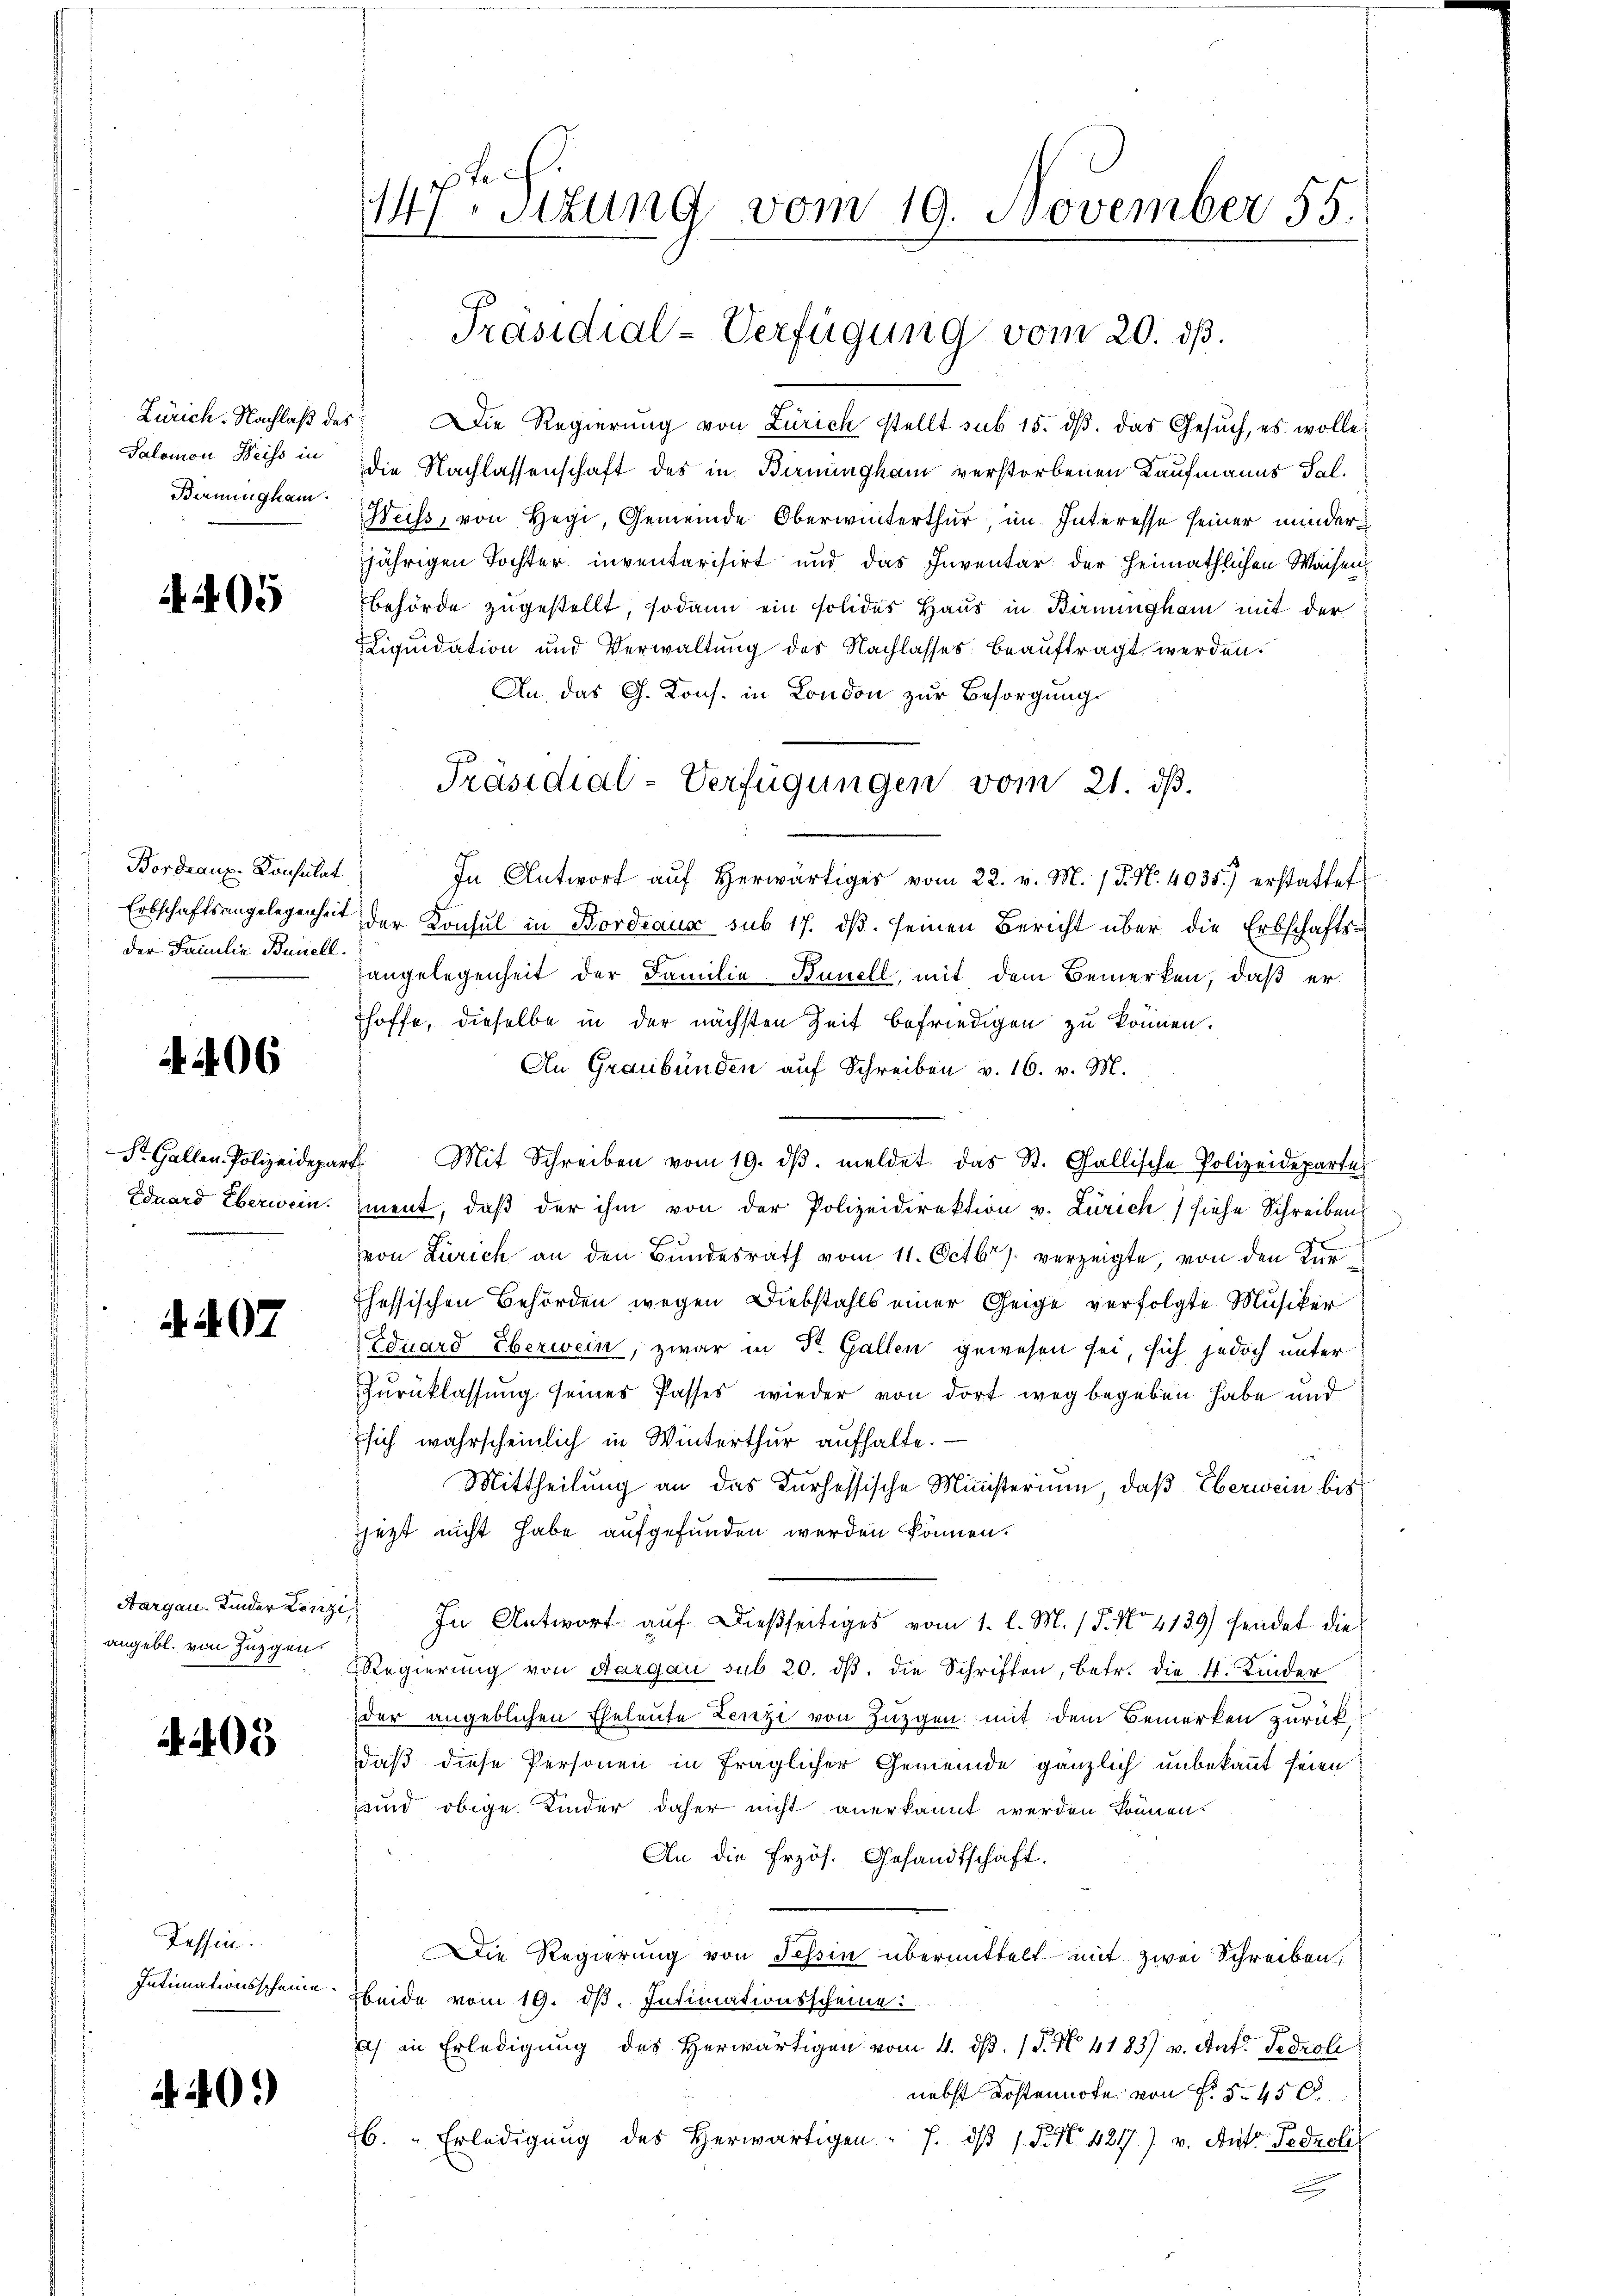
Berningkam.

4.405

Bordranz-Konsulat
der Familie Banell.

406

St. Gallen Polizeidepar

A. S. 97

Aargau. Kinder Lenzi
angebl. von Zuzgen

4405

Tessin.
Intimationsscheine

40.

47 Sitzung vom 19. November 55.
Präsidial-Verfügung vom 20. dß.

Zürich. Nachlaβ des Die Regierŭng von Zürich stellt sub 15. dβ. das Gesŭch, es wolle
Salomon Weiss in die Nachlassenschaft des in Birnungham verstorbenen Kaufmanns Sal.
eiss, von Hegi, Gemeinde Oberwinterthur, im Interesse seiner minderjährigen Tochter inventarisirt und das Inventar der Heimathlichen Waisen
behörde zugestellt, sodann ein solides Haus in Birnungham mit der
LLiquidation und Verwaltung des Nachlasses beauftragt werden.
An das G. Kons. in London zur Besorgung
In Antwort auf herwärtiges vom 22. v. M. /d. N. 4935.) erstattet
Erbschaftsangelegenheit der Konsul in Bordeaux sub 17. dβ. seinen Bericht über die Erbschafts-
angelegenheit der Familie Bunell, mit dem Bemerken, daß er
hoffe, dieselbe in der nächsten Zeit befriedigen zu können.
An Graubünden auf Schreiben v. 16. v. M.
b. Mit Schreiben vom 19. dβ. meldet das St. Gallische Polizeideparte
Eduard Eberwein ment, daß der ihm von der Polizeidirektion v. Zürich) siehe Schreiben
d
von Zürich an den Bundesrath vom 11. Octbr. verzeigte, von den Kun
hessischen Behörden wegen Diebstahls einer Geige verfolgte Musiker
Eduard Eberwein, zwar in Dr. Gallen gewesen sei, sich jedoch unter
Zurücklassung seines Passes wieder von dort weg begeben habe und
sich wahrscheinlich in Winterthur aufhalte.
Mittheilung an das Kurhessische Ministerium, daß Eberwein bis
jezt nicht habe aufgefunden werden können.
In Antwort auf dießseitiges vom 1. l. M. / 5. No 4139) sendet die
Regierung von Aargau sub 20. dβ. die Schriften, betr. die St. Kinder
der angeblichen Eheleute Lenze von Zuzgen mit dem Bemerken zurückdaß diese Personen in fraglicher Gemeinde gänzlich unbekannt seien
ind obige Kinder daher nicht anerkannt werden können.
An die Erzös. Gesandtschaft.
Die Regierung von Tessin übermittelt mit zwei Schreiben,
beide vom 19. ds. Intimationsscheine:
a) in Erledigung des Herwärtigen vom 4. dß. (§. No. 4183) u. Ant. Tedroli
nebst Kostennote von Fr. § 450.
b. " Erledigŭng des herwärtigen 7. dβ / P. Nr. 4247) v. Antr Fednoli
u

Präsidial-Verfügungen vom 21. dß.